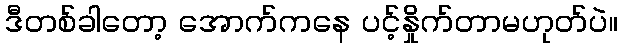
ဒီတစ်ခါတော့ အောက်ကနေ ပင့်နှိုက်တာမဟုတ်ပဲ။